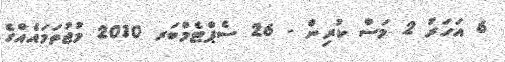
6 އަހަރު 2 މަސް ކުރިން - 26 ސެޕްޓެމްބަރ 2010 މުޖުތަމައެއްގެ